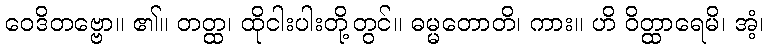
ဝေဒိတဗ္ဗော။ ၏။ တတ္ထ၊ ထိုငါးပါးတို့တွင်။ ဓမ္မတောတိ၊ ကား။ ဟိ ဝိတ္ထာရေမိ၊ အံ့၊